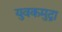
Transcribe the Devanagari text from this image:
युवकमुद्रा